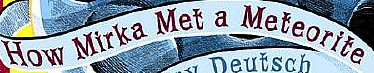
How Mirka Met a Meteorite